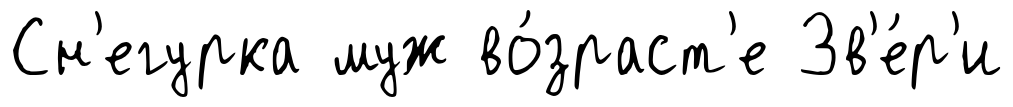
Сн'егурка муж во́зраст'е Зв'е́р'и